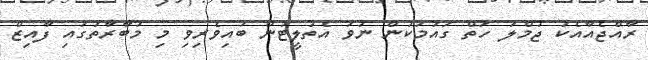
ރާއްޖެއާއެކު ޖުމްލަ ހަތް ގައުމަކުން ނުވަ އެތުލީޓުން ބައިވެރިވި މި މުބާރާތުގައި ފާއިޒް